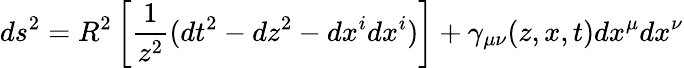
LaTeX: ds^{2}=R^{2}\left[{\frac{1}{z^{2}}}(dt^{2}-dz^{2}-dx^{i}dx^{i})\right]+\gamma_{\mu\nu}(z,x,t)dx^{\mu}dx^{\nu}